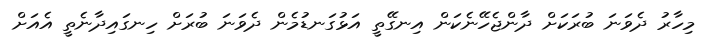
މިހާރު ދެވަނަ ބުރަކަށް ދާންޖެހޭނެކަން އިނގޭތީ އަޅުގަނޑުމެން ދެވަނަ ބުރަށް ހިނގައިދާނެތީ އެއަށް